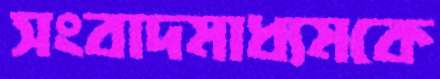
সংবাদমাধ্যমকে